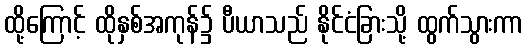
ထို့ကြောင့် ထိုနှစ်အကုန်၌ ပီယာသည် နိုင်ငံခြားသို့ ထွက်သွားကာ